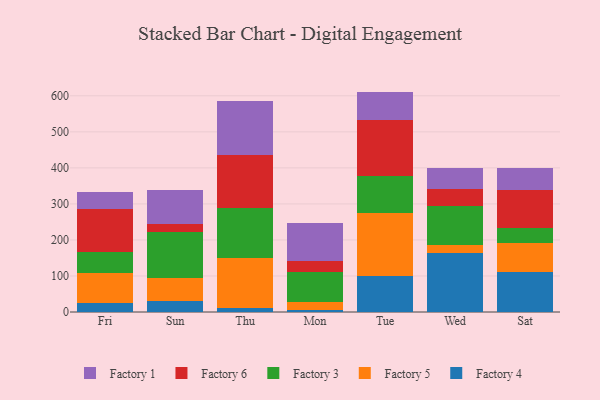
{"axis": {"x": "Day", "y": "Demand Index"}, "legend": ["Factory 1", "Factory 3", "Factory 4", "Factory 5", "Factory 6"], "data": [{"x": "Fri", "y": 24.8, "type": "Factory 4"}, {"x": "Fri", "y": 82.9, "type": "Factory 5"}, {"x": "Fri", "y": 59.0, "type": "Factory 3"}, {"x": "Fri", "y": 118.9, "type": "Factory 6"}, {"x": "Fri", "y": 46.8, "type": "Factory 1"}, {"x": "Sun", "y": 29.5, "type": "Factory 4"}, {"x": "Sun", "y": 64.9, "type": "Factory 5"}, {"x": "Sun", "y": 127.2, "type": "Factory 3"}, {"x": "Sun", "y": 23.1, "type": "Factory 6"}, {"x": "Sun", "y": 93.4, "type": "Factory 1"}, {"x": "Thu", "y": 12.3, "type": "Factory 4"}, {"x": "Thu", "y": 137.4, "type": "Factory 5"}, {"x": "Thu", "y": 138.8, "type": "Factory 3"}, {"x": "Thu", "y": 148.1, "type": "Factory 6"}, {"x": "Thu", "y": 148.1, "type": "Factory 1"}, {"x": "Mon", "y": 6.9, "type": "Factory 4"}, {"x": "Mon", "y": 21.1, "type": "Factory 5"}, {"x": "Mon", "y": 82.0, "type": "Factory 3"}, {"x": "Mon", "y": 30.9, "type": "Factory 6"}, {"x": "Mon", "y": 107.0, "type": "Factory 1"}, {"x": "Tue", "y": 101.3, "type": "Factory 4"}, {"x": "Tue", "y": 172.3, "type": "Factory 5"}, {"x": "Tue", "y": 103.2, "type": "Factory 3"}, {"x": "Tue", "y": 156.6, "type": "Factory 6"}, {"x": "Tue", "y": 78.3, "type": "Factory 1"}, {"x": "Wed", "y": 164.4, "type": "Factory 4"}, {"x": "Wed", "y": 22.5, "type": "Factory 5"}, {"x": "Wed", "y": 107.8, "type": "Factory 3"}, {"x": "Wed", "y": 47.9, "type": "Factory 6"}, {"x": "Wed", "y": 58.0, "type": "Factory 1"}, {"x": "Sat", "y": 111.7, "type": "Factory 4"}, {"x": "Sat", "y": 80.6, "type": "Factory 5"}, {"x": "Sat", "y": 40.6, "type": "Factory 3"}, {"x": "Sat", "y": 107.0, "type": "Factory 6"}, {"x": "Sat", "y": 59.7, "type": "Factory 1"}]}